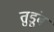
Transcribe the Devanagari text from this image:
तुडूंब